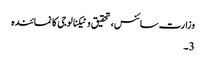
وزارت سائنس، تحقیق و ٹیکنالوجی کا نمائندہ
3۔